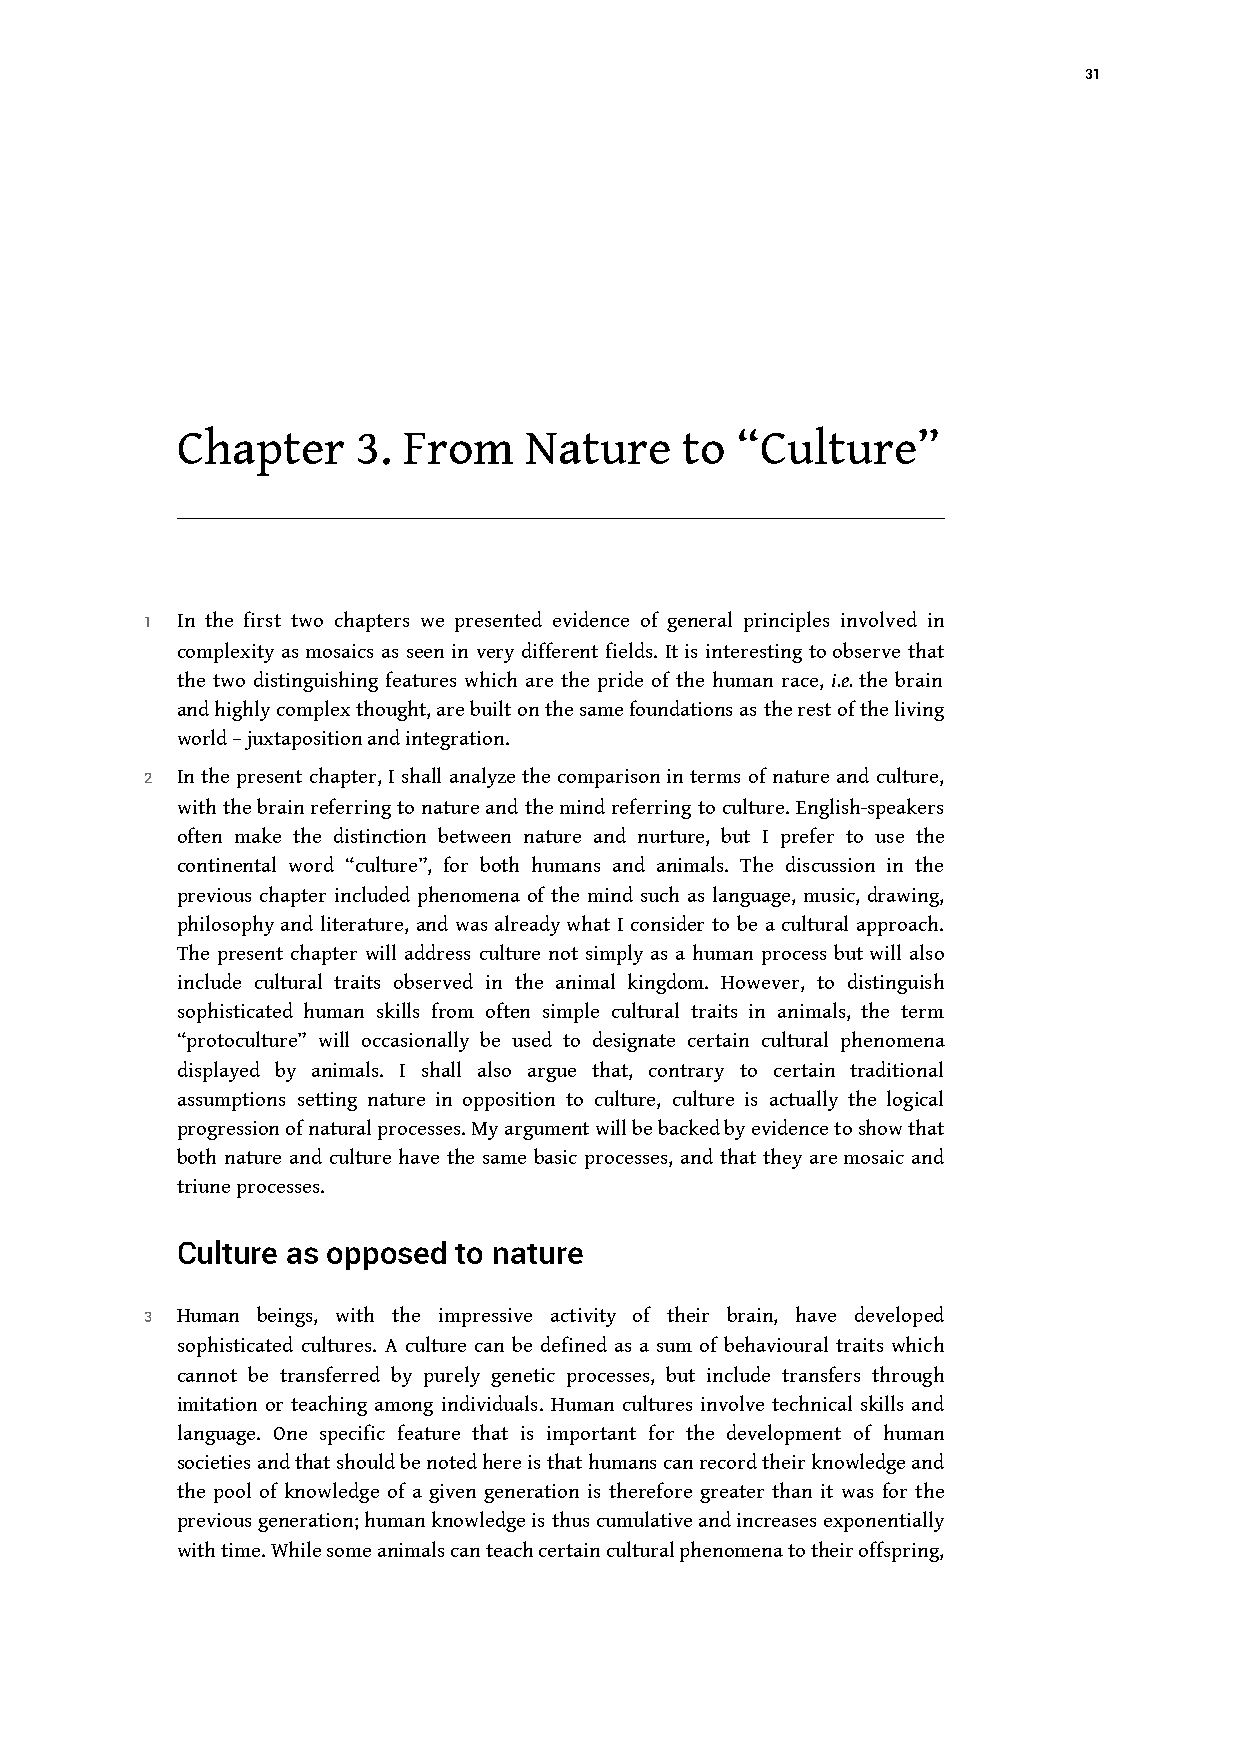
31
 Chapter     3. From    Nature    to  “Culture”
 1 In the first two chapters we presented evidence of general principles involved in
 complexity as mosaics as seen in very different fields. It is interesting to observe that
 the two distinguishing features which are the pride of the human race, i.e. the brain
 and highly complex thought, are built on the same foundations as the rest of the living
 world – juxtaposition and integration.
 2 In the present chapter, I shall analyze the comparison in terms of nature and culture,
 with the brain referring to nature and the mind referring to culture. English-speakers
 often make the distinction between nature and nurture, but I prefer to use the
 continental word “culture”, for both humans and animals. The discussion in the
 previous chapter included phenomena of the mind such as language, music, drawing,
 philosophy and literature, and was already what I consider to be a cultural approach.
 The present chapter will address culture not simply as a human process but will also
 include cultural traits observed in the animal kingdom. However, to distinguish
 sophisticated human skills from often simple cultural traits in animals, the term
 “protoculture” will occasionally be used to designate certain cultural phenomena
 displayed by animals. I shall also argue that, contrary to certain traditional
 assumptions setting nature in opposition to culture, culture is actually the logical
 progression of natural processes. My argument will be backed by evidence to show that
 both nature and culture have the same basic processes, and that they are mosaic and
 triune processes.
 Culture as opposed to nature
 3 Human beings, with the impressive activity of their brain, have developed
 sophisticated cultures. A culture can be defined as a sum of behavioural traits which
 cannot be transferred by purely genetic processes, but include transfers through
 imitation or teaching among individuals. Human cultures involve technical skills and
 language. One specific feature that is important for the development of human
 societies and that should be noted here is that humans can record their knowledge and
 the pool of knowledge of a given generation is therefore greater than it was for the
 previous generation; human knowledge is thus cumulative and increases exponentially
 with time. While some animals can teach certain cultural phenomena to their offspring,